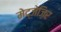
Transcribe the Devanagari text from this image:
मेद्जेज़िर